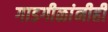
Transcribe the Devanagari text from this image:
गाडगीळांनीही